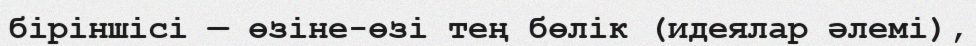
біріншісі — өзіне-өзі тең бөлік (идеялар әлемі),